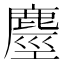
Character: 𪊵